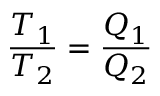
\frac { T _ { 1 } } { T _ { 2 } } = \frac { Q _ { 1 } } { Q _ { 2 } }